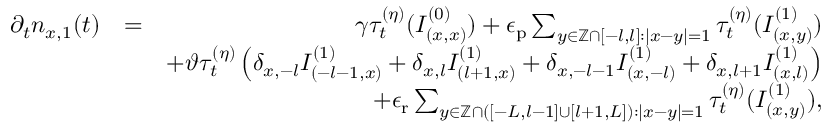
\begin{array} { r l r } { \partial _ { t } n _ { x , 1 } ( t ) } & { = } & { \gamma \tau _ { t } ^ { ( \eta ) } ( I _ { ( x , x ) } ^ { ( 0 ) } ) + \epsilon _ { \mathrm { p } } \sum _ { y \in \mathbb { Z } \cap \left[ - l , l \right] : \left\vert x - y \right\vert = 1 } \tau _ { t } ^ { ( \eta ) } ( I _ { ( x , y ) } ^ { ( 1 ) } ) } \\ & { } & { + \vartheta \tau _ { t } ^ { ( \eta ) } \left( \delta _ { x , - l } I _ { ( - l - 1 , x ) } ^ { ( 1 ) } + \delta _ { x , l } I _ { ( l + 1 , x ) } ^ { ( 1 ) } + \delta _ { x , - l - 1 } I _ { ( x , - l ) } ^ { ( 1 ) } + \delta _ { x , l + 1 } I _ { ( x , l ) } ^ { ( 1 ) } \right) } \\ & { } & { + \epsilon _ { \mathrm { r } } \sum _ { y \in \mathbb { Z } \cap \left( \left[ - L , l - 1 \right] \cup \left[ l + 1 , L \right] \right) : \left\vert x - y \right\vert = 1 } \tau _ { t } ^ { ( \eta ) } ( I _ { ( x , y ) } ^ { ( 1 ) } ) , } \end{array}